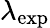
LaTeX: \lambda_{\mathrm{exp}}